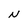
Character: N